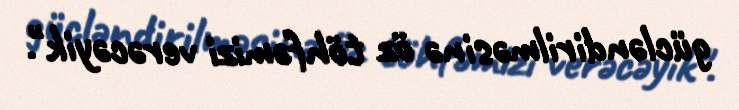
gücləndirilməsinə öz töhfəmizi verəcəyik".